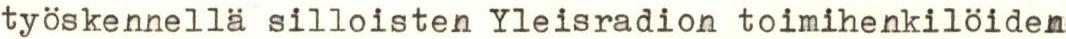
työskennellä silloisten Yleisradion toimihenkilöiden